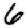
Digit: 6